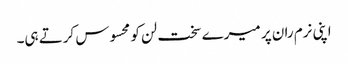
اپنی نرم ران پر میرے سخت لن کو محسوس کرتے ہی۔